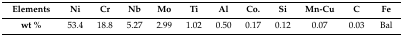
<table><thead><tr><td><b>Elements</b></td><td><b>Ni</b></td><td><b>Cr</b></td><td><b>Nb</b></td><td><b>Mo</b></td><td><b>Ti</b></td><td><b>Al</b></td><td><b>Co.</b></td><td><b>Si</b></td><td><b>Mn-Cu</b></td><td><b>C</b></td><td><b>Fe</b></td></tr></thead><tbody><tr><td><b>wt %</b></td><td>53.4</td><td>18.8</td><td>5.27</td><td>2.99</td><td>1.02</td><td>0.50</td><td>0.17</td><td>0.12</td><td>0.07</td><td>0.03</td><td>Bal</td></tr></tbody></table>